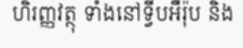
ហិរញ្ញវត្ថុ ទាំងនៅទ្វីបអឺរ៉ុប និង